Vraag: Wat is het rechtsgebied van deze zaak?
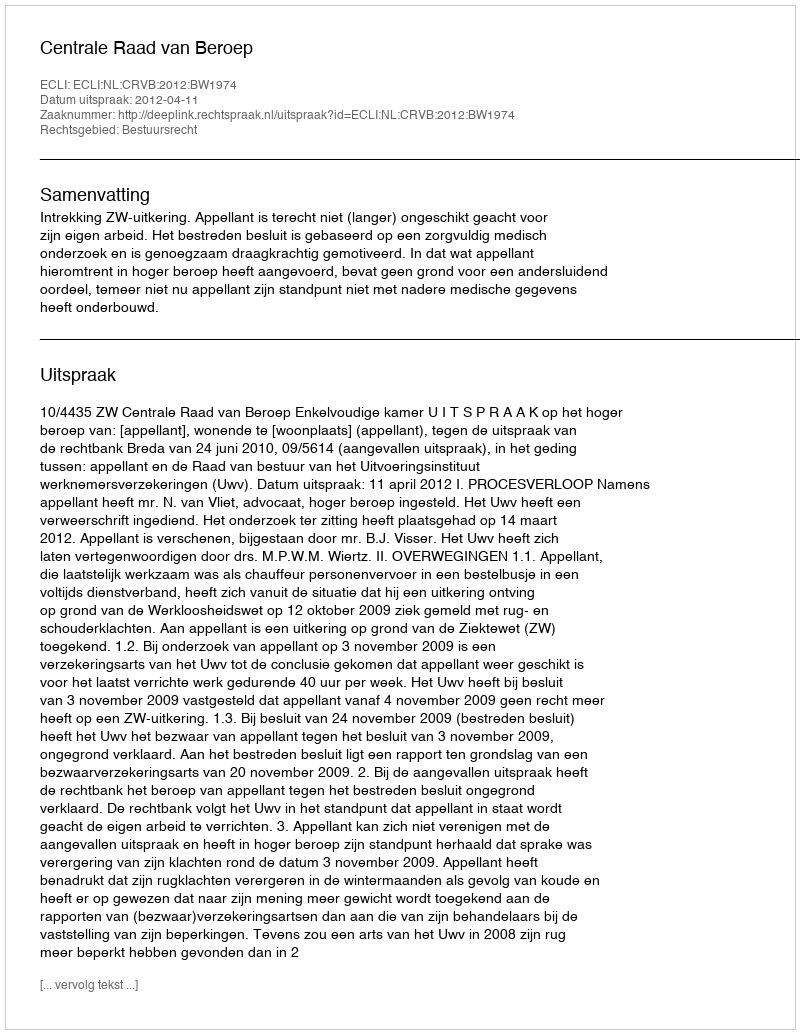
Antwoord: Bestuursrecht